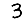
Digit: 3